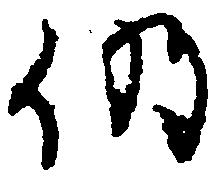
仍